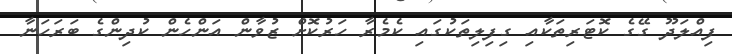
ފިއްލަދޫ ގޭގެ ކޮޓަރިތަކާއި ގިފިލިތަކުގައި ކެމެރާ ހަރުކޮށް ޒުވާން އަންހެން ކުދިންގެ ބަރަހަނާ